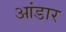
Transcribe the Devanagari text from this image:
आंडार